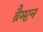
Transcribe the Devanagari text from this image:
ब्रैम्प्टन